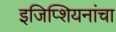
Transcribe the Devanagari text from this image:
इजिप्शियनांचा